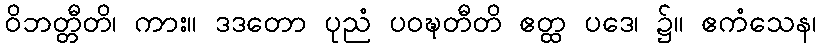
ဝိဘတ္တီတိ၊ ကား။ ဒဒတော ပုညံ ပဝဍ္ဎတီတိ ဧတ္ထ ပဒေ၊ ၌။ ဧကံသေန၊